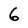
Character: 6